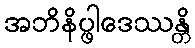
အဘိနိပ္ဖါဒေဿန္တိ